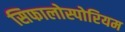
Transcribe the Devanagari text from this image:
सिफालोस्पोरियम